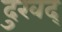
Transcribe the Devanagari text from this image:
दुखद्